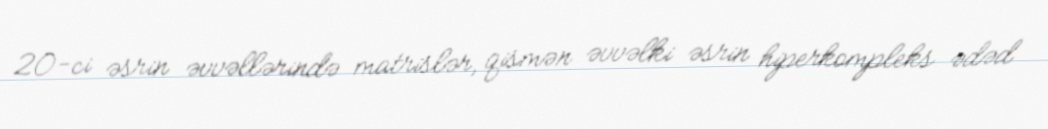
20-ci əsrin əvvəllərində matrislər, qismən əvvəlki əsrin hiperkompleks ədəd